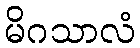
မိဂသာလံ